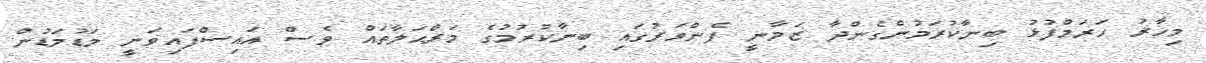
މިހާރު ހަރަމްފުޅު ބިނާކުރަމުންގެންދާ ޒަމާނީ ފެންވަރުގައި ބިނާކުރުމުގެ މަރްޙަލާތައް ވެސް އައިސްފައިވަނީ މަޑުމަޑުން